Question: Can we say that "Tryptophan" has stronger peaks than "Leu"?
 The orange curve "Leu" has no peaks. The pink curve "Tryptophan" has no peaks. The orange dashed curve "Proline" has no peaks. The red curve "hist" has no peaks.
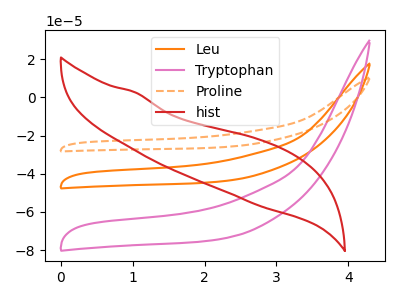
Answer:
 <answer>Niether CV has any peaks.</answer>
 <eval>blanks</eval>